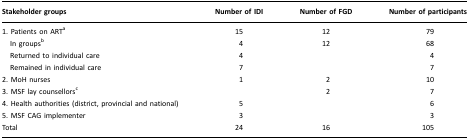
<table><thead><tr><td><b>Stakeholder groups</b></td><td><b>Number of IDI</b></td><td><b>Number of FGD</b></td><td><b>Number of participants</b></td></tr></thead><tbody><tr><td>1. Patients on ARTa</td><td>15</td><td>12</td><td>79</td></tr><tr><td> In groupsb</td><td>4</td><td>12</td><td>68</td></tr><tr><td> Returned to individual care</td><td>4</td><td></td><td>4</td></tr><tr><td> Remained in individual care</td><td>7</td><td></td><td>7</td></tr><tr><td>2. MoH nurses</td><td>1</td><td>2</td><td>10</td></tr><tr><td>3. MSF lay counsellorsc</td><td></td><td>2</td><td>7</td></tr><tr><td>4. Health authorities (district, provincial and national)</td><td>5</td><td></td><td>6</td></tr><tr><td>5. MSF CAG implementer</td><td>3</td><td></td><td>3</td></tr><tr><td>Total</td><td>24</td><td>16</td><td>105</td></tr></tbody></table>